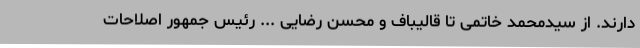
دارند. از سیدمحمد خاتمی تا قالیباف و محسن رضایی ... رئیس جمهور اصلاحات